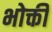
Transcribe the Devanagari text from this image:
भोक्ती